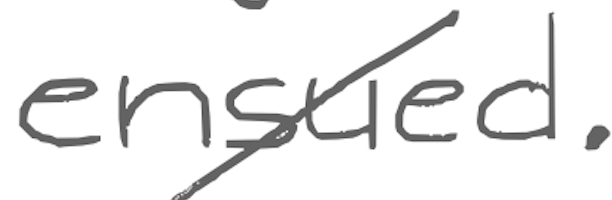
Text: ensued.
Cross-out: mix
Writing tool: digital_gray